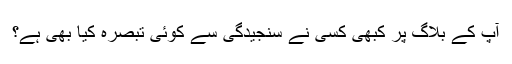
آپ کے بلاگ پر کبھی کسی نے سنجیدگی سے کوئی تبصرہ کیا بھی ہے؟